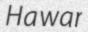
Hawar